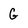
Character: G